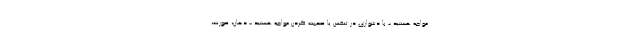
مواجه هستید - با دشواری در تنفس یا صحبت کردن مواجه هستید - دهان، صورت،